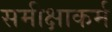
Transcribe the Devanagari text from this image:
समीक्षाकर्म